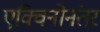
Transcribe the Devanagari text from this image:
एक्विनोनंतर